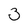
Character: 3